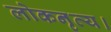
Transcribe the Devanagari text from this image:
लोकनृत्य।